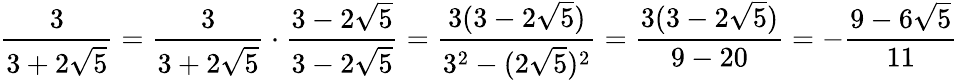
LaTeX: {\frac{3}{3+2{\sqrt{5}}}}={\frac{3}{3+2{\sqrt{5}}}}\cdot{\frac{3-2{\sqrt{5}}}{3-2{\sqrt{5}}}}={\frac{3(3-2{\sqrt{5}})}{{3}^{2}-(2{\sqrt{5}})^{2}}}={\frac{3(3-2{\sqrt{5}})}{9-20}}=-{\frac{9-6{\sqrt{5}}}{11}}